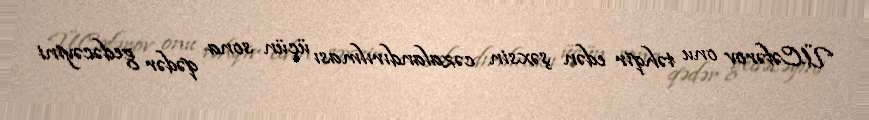
Ü.Cəfərov onu təhqir edən şəxsin cəzalandırılması üçün sona qədər gedəcəyini